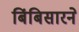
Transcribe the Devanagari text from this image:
बिंबिसारने